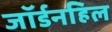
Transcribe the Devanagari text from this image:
जॉर्डनहिल